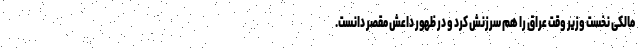
مالکی نخست وزیر وقت عراق را هم سرزنش کرد و در ظهور داعش مقصر دانست.